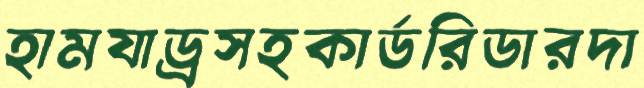
হামযাড্রসহকার্ডরিডারদা